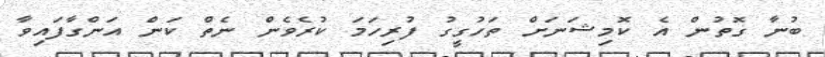
ބުނާ ގޮތުން އެ ކޮމިޝަނަށް ތަހުގީގު ފުރިހަމަ ކުރެވެން ނެތް ކަން އަންގާފައިވާ